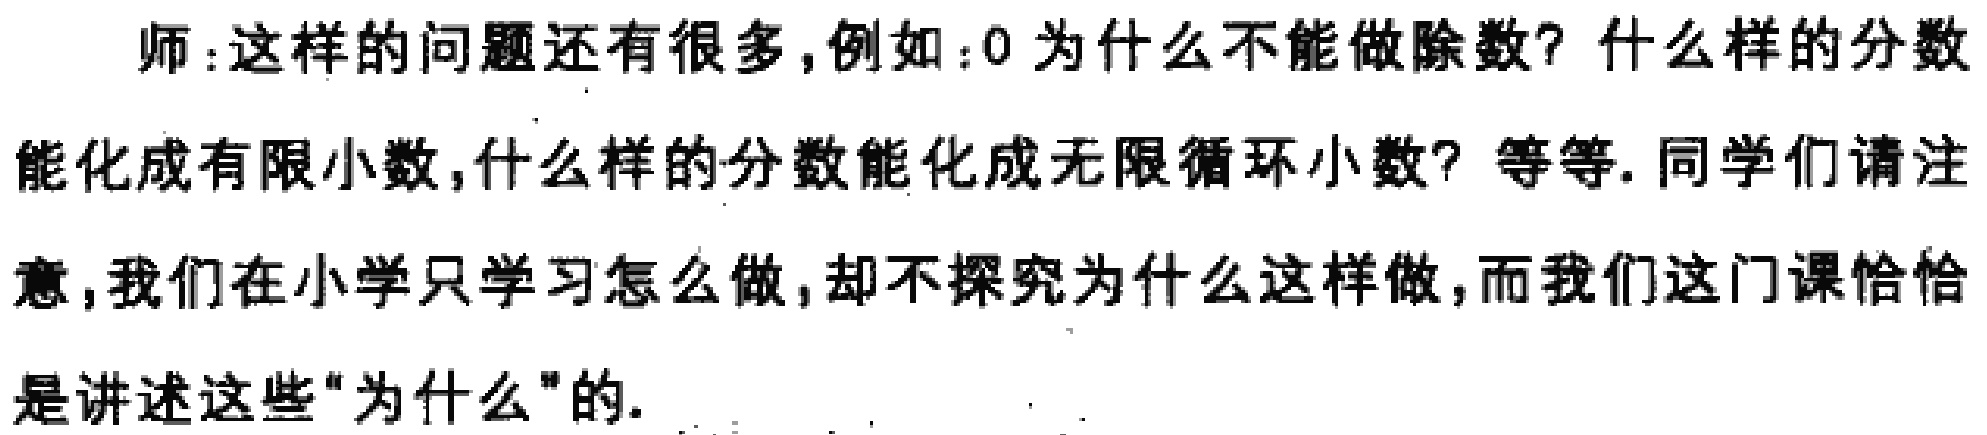
师:这样的问题还有很多,例如：0为什么不能做除数? 什么样的分数能化成有限小数,什么样的分数能化成无限循环小数? 等等. 同学们请注意,我们在小学只学习怎么做,却不探究为什么这样做,而我们这门课恰恰是讲述这些"为什么"的.